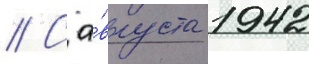
// С а́вгуста 1942